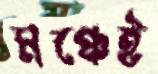
মঞ্চেই